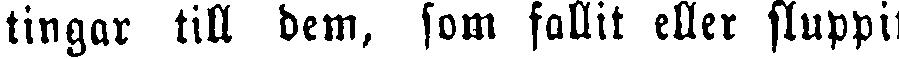
tingar till dem, som fallit eller sluppit